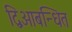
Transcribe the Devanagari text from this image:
द्विआबन्धित